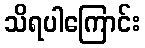
သိရပါကြောင်း